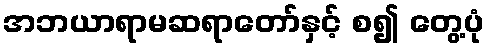
အဘယာရာမဆရာတော်နှင့် စ၍ တွေ့ပုံ